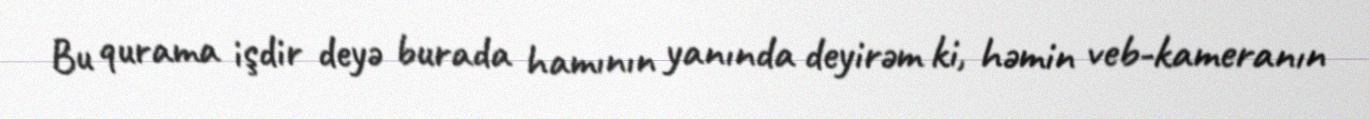
Bu qurama işdir deyə burada hamının yanında deyirəm ki, həmin veb-kameranın